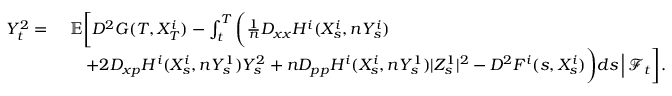
\begin{array} { r l } { Y _ { t } ^ { 2 } = \ } & { { \mathbb E } \bigg [ D ^ { 2 } G ( T , X _ { T } ^ { i } ) - \int _ { t } ^ { T } \bigg ( \frac { 1 } { n } D _ { x x } H ^ { i } ( X _ { s } ^ { i } , n Y _ { s } ^ { i } ) } \\ & { \quad + 2 D _ { x p } H ^ { i } ( X _ { s } ^ { i } , n Y _ { s } ^ { 1 } ) Y _ { s } ^ { 2 } + n D _ { p p } H ^ { i } ( X _ { s } ^ { i } , n Y _ { s } ^ { 1 } ) | Z _ { s } ^ { 1 } | ^ { 2 } - D ^ { 2 } F ^ { i } ( s , X _ { s } ^ { i } ) \bigg ) d s \, \Big | \, \mathcal { F } _ { t } \bigg ] . } \end{array}